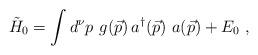
LaTeX: \begin{align*}{\tilde{H}}_0=\int d^{\nu} p \,\, g(\vec{p}) \,a^{\dag} (\vec{p}) \,\, a(\vec{p}) + E_0 \; ,\end{align*}